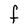
Character: F